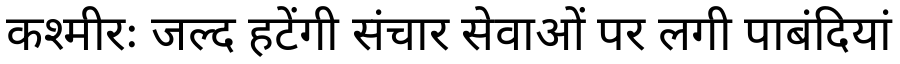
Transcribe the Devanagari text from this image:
कश्मीरः जल्द हटेंगी संचार सेवाओं पर लगी पाबंदियां